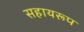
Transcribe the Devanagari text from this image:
सहायरूप